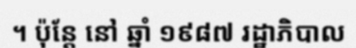
។ ប៉ុន្តែ នៅ ឆ្នាំ ១៩៨៧ រដ្ឋាភិបាល